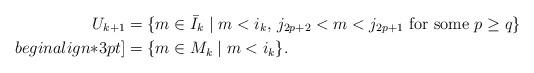
LaTeX: \begin{align*}U_{k+1}&=\{m \in \bar{I}_{k}\mid m<i_k,\,j_{2p+2}<m<j_{2p+1}\mbox{ for some }p\geq q\}\\begin{align*}3pt]&=\{m\in M_{k}\mid m<i_k\}.\end{align*}